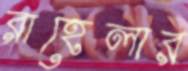
রাহেলার